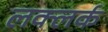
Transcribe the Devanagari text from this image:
लक्लर्क